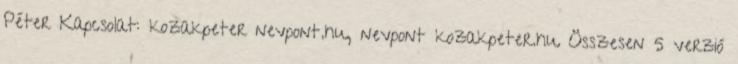
Péter Kapcsolat: kozakpeter nevpont.hu, nevpont kozakpeter.hu Összesen 5 verzió